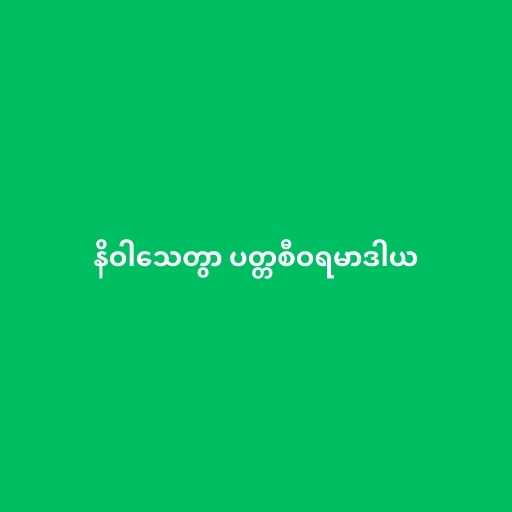
နိဝါသေတွာ ပတ္တစီဝရမာဒါယ